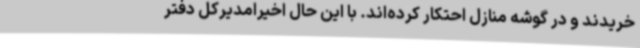
خریدند و در گوشه منازل احتکار کرده‌اند. با این حال اخیرامدیرکل دفتر